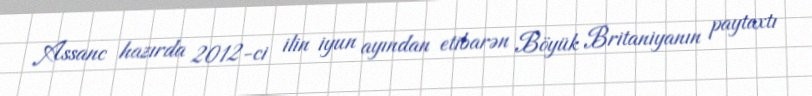
Assanc hazırda 2012-ci ilin iyun ayından etibarən Böyük Britaniyanın paytaxtı